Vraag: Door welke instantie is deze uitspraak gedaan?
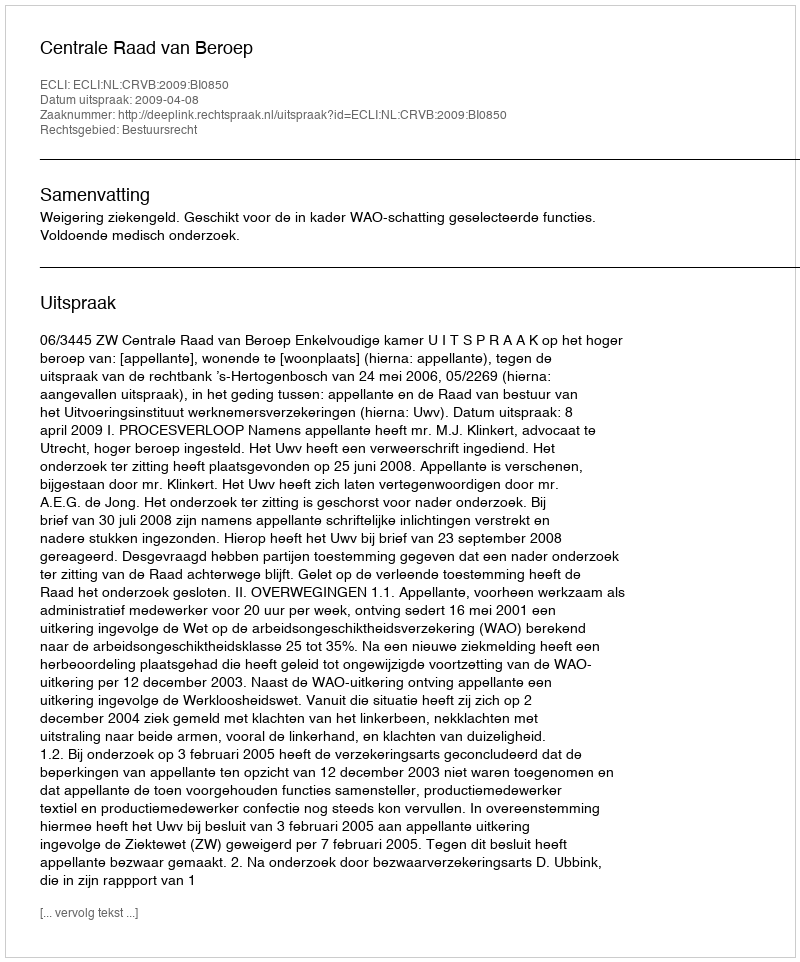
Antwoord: Centrale Raad van Beroep